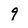
Character: 9